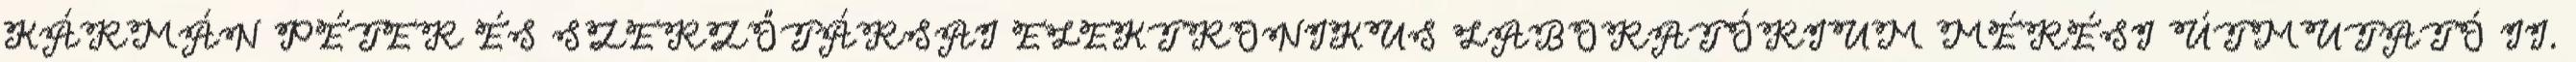
KÁRMÁN PÉTER ÉS SZERZŐTÁRSAI ELEKTRONIKUS LABORATÓRIUM MÉRÉSI ÚTMUTATÓ II.